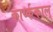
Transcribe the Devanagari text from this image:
कार्य्ककाल्